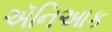
ઍનિઆક